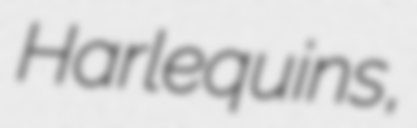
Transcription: Harlequins,